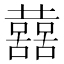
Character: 𡄝